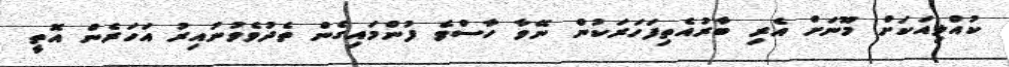
ކުއްލިއަކަށް މޫނަށް އެރި ބާރުއެތިފަހަރަކުން ނޭވާ ހާސްވެ ފުންމައިގެން ތެދުވެވުނުއިރު އަހަރެން އޮތީ